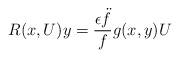
\begin{align*} R(x,U)y = \frac{\epsilon \ddot{f}}{f}g(x,y)U\end{align*}